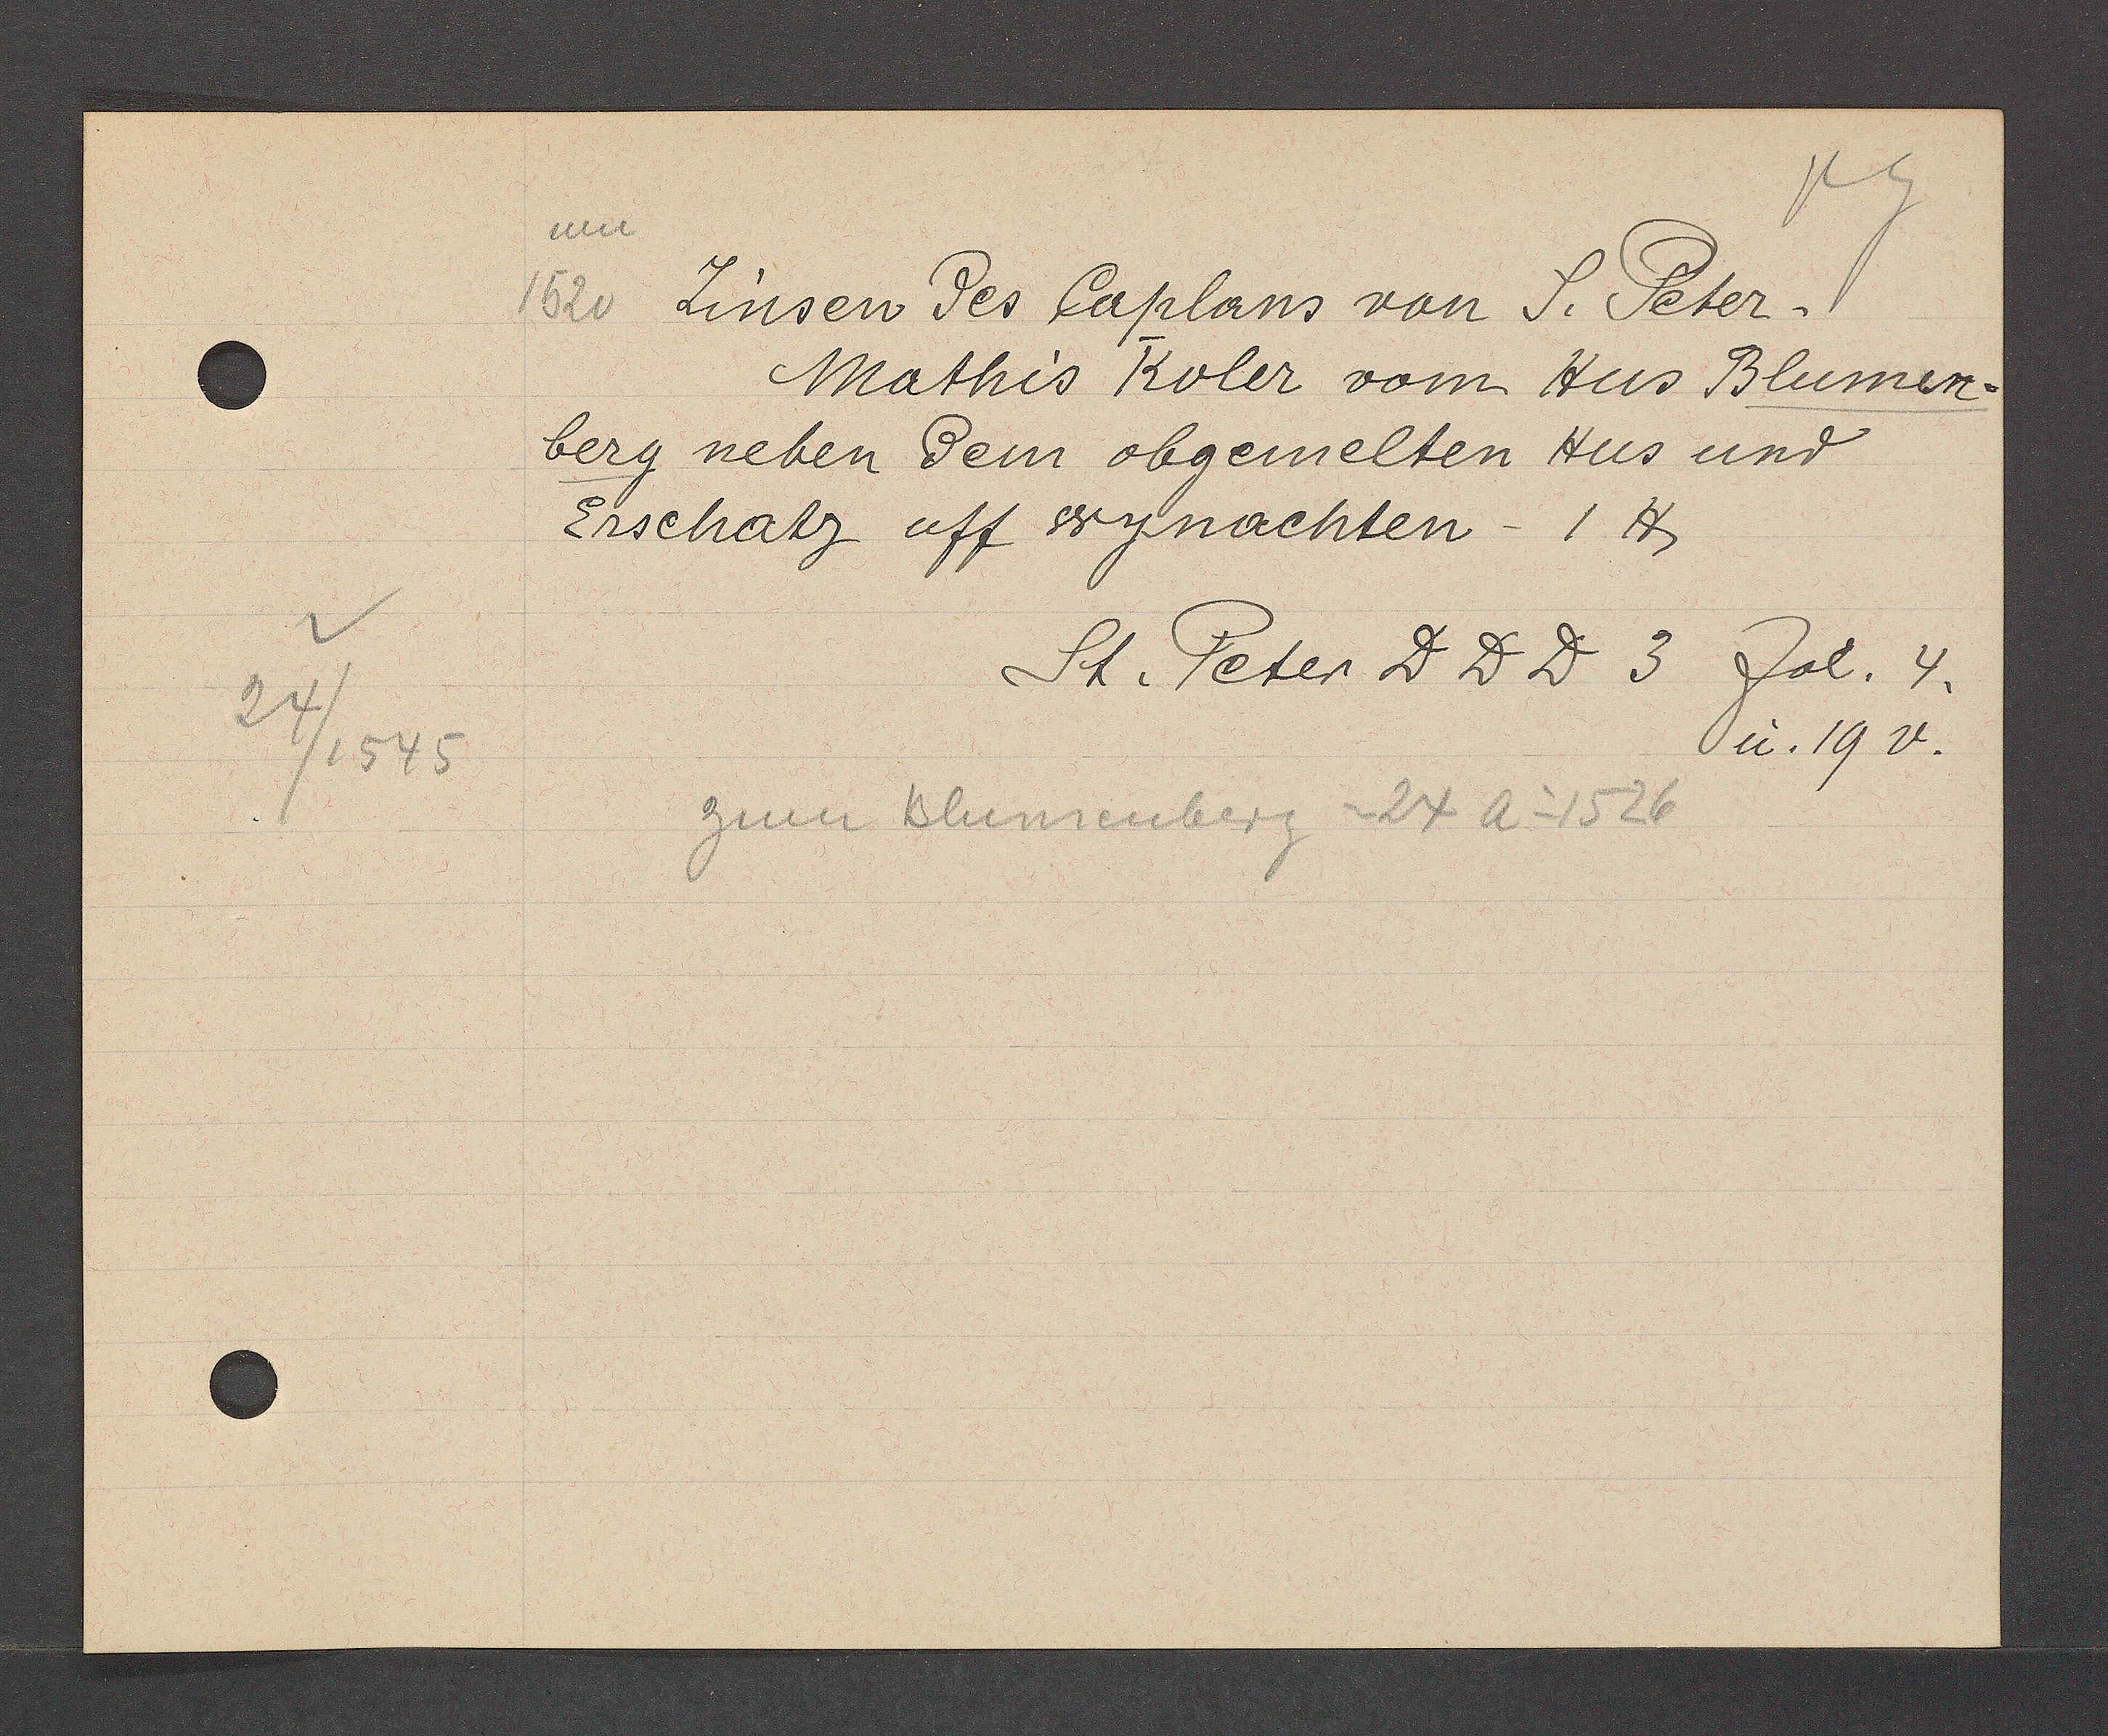
Transcript:
24/1545

1520 Zinsen des Caplans von S. Peter¬
Mathis Koler vom Hus Blumen¬
berg neben dem obgemelten Hus und
Erschatz aff wynachten -1 ℔
St. Peter DDD 3 fol. 4.
u. 19v.
zum Blumenberg = 24 A o 1526